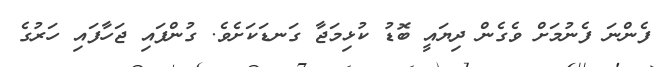
ފެންނަ ފެނުމަށް ވެގެން ދިޔައީ ބޮޑު ކުޅިމަޖާ ގަނޑަކަށެވެ. ގުންފައި ޖަހާފައި ހަރުގެ